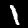
Digit: 1